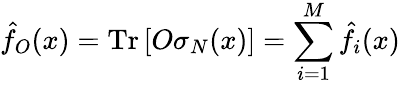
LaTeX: \hat{f}_{O}(x)=\mathrm{Tr}\left[O\sigma_{N}(x)\right]=\sum_{i=1}^{M}\hat{f}_{i}(x)